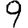
Digit: 9